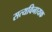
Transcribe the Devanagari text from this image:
सत्यविनायक